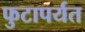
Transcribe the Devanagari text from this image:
फुटापर्यत